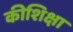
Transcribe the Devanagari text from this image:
कीशिक्षा